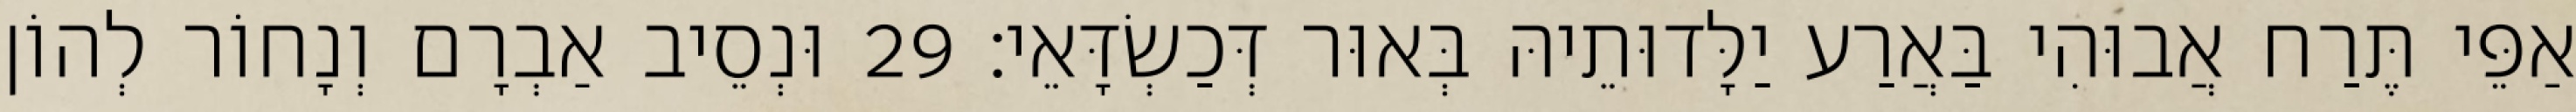
אַפֵּי תֶּרַח אֲבוּהִי בַּאֲרַע יַלָּדוּתֵיהּ בְּאוּר דְּכַשְׂדָּאֵי׃ 29 וּנְסֵיב אַבְרָם וְנָחוֹר לְהוֹן